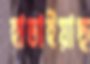
হাতাইয়াছ